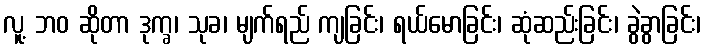
လူ့ ဘဝ ဆိုတာ ဒုက္ခ၊ သုခ၊ မျက်ရည် ကျခြင်း၊ ရယ်မောခြင်း၊ ဆုံဆည်းခြင်း၊ ခွဲခွာခြင်း၊